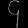
Digit: ၄